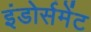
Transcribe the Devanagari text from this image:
इंडोर्समेंट